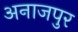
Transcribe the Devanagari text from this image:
अनाजपुर